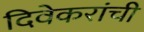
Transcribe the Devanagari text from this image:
दिवेकरांची